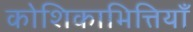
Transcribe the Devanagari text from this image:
कोशिकाभित्तियाँ